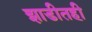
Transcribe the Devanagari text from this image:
झाडीतही